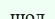
шол